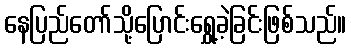
နေပြည်တော်သို့ပြောင်းရွှေ့ခဲ့ခြင်းဖြစ်သည်။